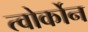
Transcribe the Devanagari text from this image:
त्वोर्कोन